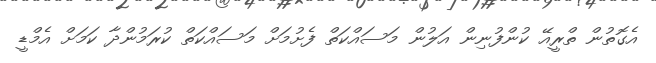
އެގޮތުން ތްރީއޭ ކުންފުނިން އަލުން މަސައްކަތް ފެށުމަށް މަސައްކަތް ކުރަމުންދާ ކަމަށް އެމްޑީ